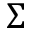
\Sigma